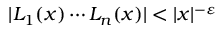
| L _ { 1 } ( x ) \cdots L _ { n } ( x ) | < | x | ^ { - \varepsilon }